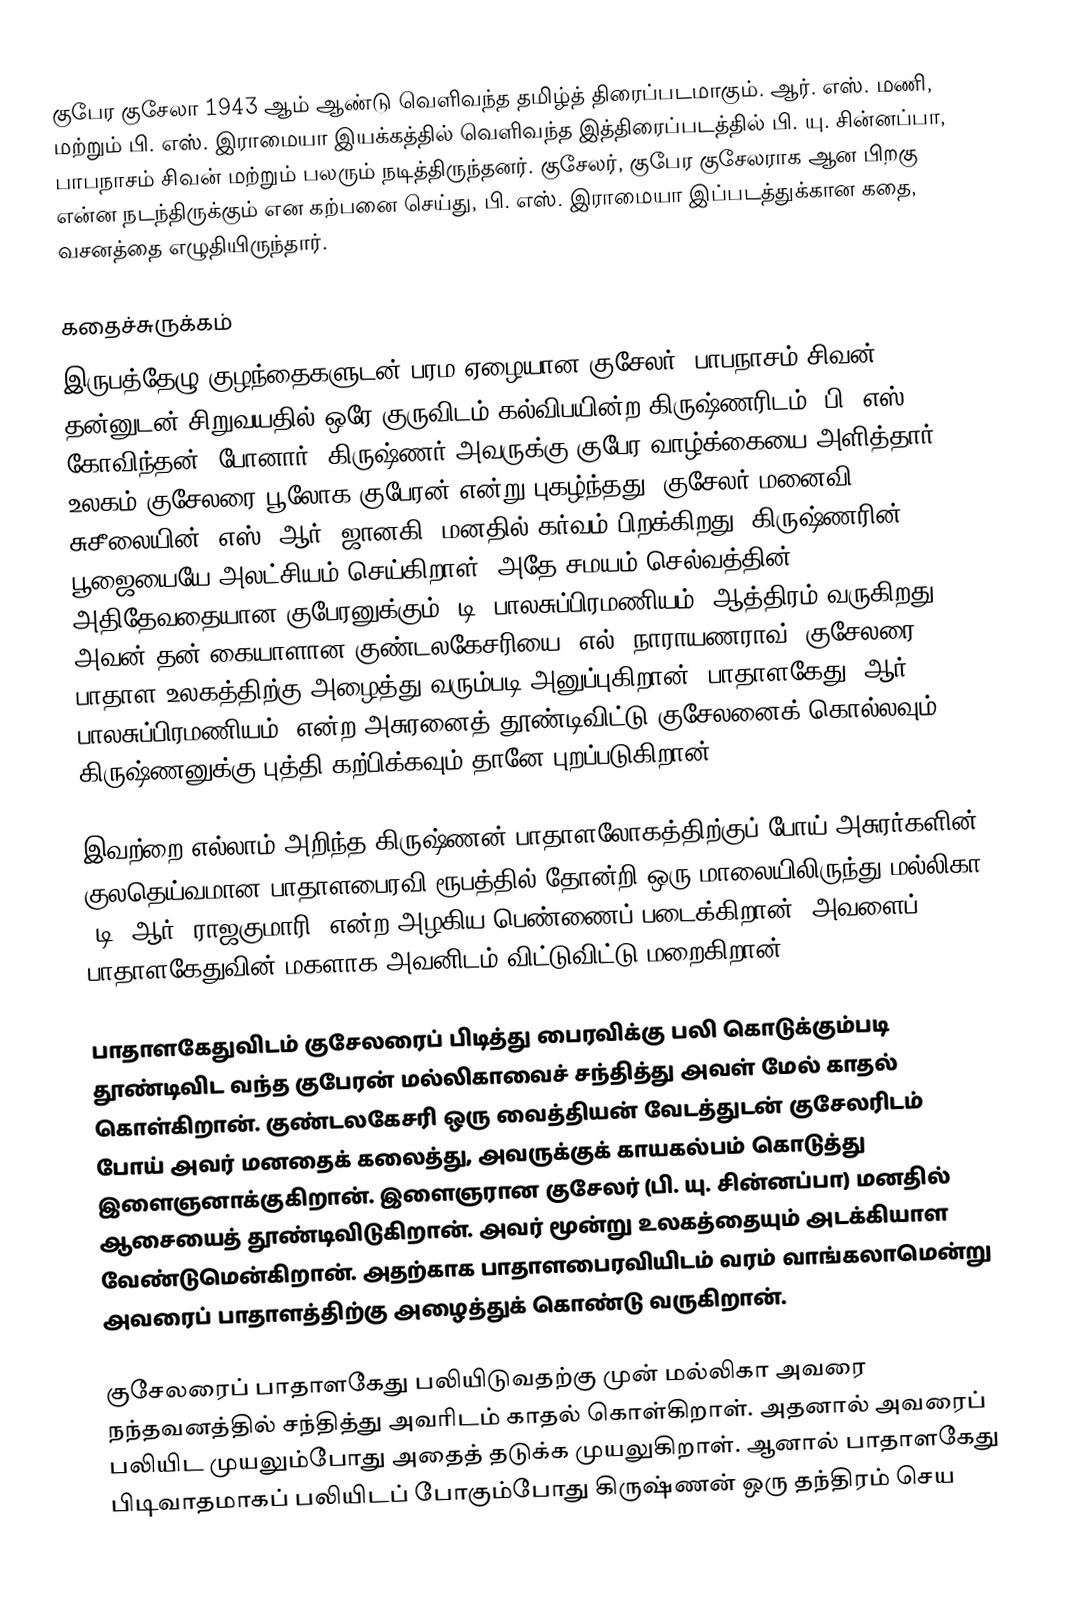
குபேர குசேலா 1943 ஆம் ஆண்டு வெளிவந்த தமிழ்த் திரைப்படமாகும். ஆர். எஸ். மணி, மற்றும் பி. எஸ். இராமையா இயக்கத்தில் வெளிவந்த இத்திரைப்படத்தில் பி. யு. சின்னப்பா, பாபநாசம் சிவன் மற்றும் பலரும் நடித்திருந்தனர். குசேலர், குபேர குசேலராக ஆன பிறகு என்ன நடந்திருக்கும் என கற்பனை செய்து, பி. எஸ். இராமையா இப்படத்துக்கான கதை, வசனத்தை எழுதியிருந்தார்.

கதைச்சுருக்கம்
இருபத்தேழு குழந்தைகளுடன் பரம ஏழையான குசேலர் (பாபநாசம் சிவன்) தன்னுடன் சிறுவயதில் ஒரே குருவிடம் கல்விபயின்ற கிருஷ்ணரிடம் (பி. எஸ். கோவிந்தன்) போனார். கிருஷ்ணர் அவருக்கு குபேர வாழ்க்கையை அளித்தார். உலகம் குசேலரை பூலோக குபேரன் என்று புகழ்ந்தது. குசேலர் மனைவி சுசீலையின் (எஸ். ஆர். ஜானகி) மனதில் கர்வம் பிறக்கிறது. கிருஷ்ணரின் பூஜையையே அலட்சியம் செய்கிறாள். அதே சமயம் செல்வத்தின் அதிதேவதையான குபேரனுக்கும் (டி. பாலசுப்பிரமணியம்) ஆத்திரம் வருகிறது. அவன் தன் கையாளான குண்டலகேசரியை (எல். நாராயணராவ்) குசேலரை பாதாள உலகத்திற்கு அழைத்து வரும்படி அனுப்புகிறான். பாதாளகேது (ஆர். பாலசுப்பிரமணியம்) என்ற அசுரனைத் தூண்டிவிட்டு குசேலனைக் கொல்லவும், கிருஷ்ணனுக்கு புத்தி கற்பிக்கவும் தானே புறப்படுகிறான்.

இவற்றை எல்லாம் அறிந்த கிருஷ்ணன் பாதாளலோகத்திற்குப் போய் அசுரர்களின் குலதெய்வமான பாதாளபைரவி ரூபத்தில் தோன்றி ஒரு மாலையிலிருந்து மல்லிகா (டி. ஆர். ராஜகுமாரி) என்ற அழகிய பெண்ணைப் படைக்கிறான். அவளைப் பாதாளகேதுவின் மகளாக அவனிடம் விட்டுவிட்டு மறைகிறான்.

பாதாளகேதுவிடம் குசேலரைப் பிடித்து பைரவிக்கு பலி கொடுக்கும்படி தூண்டிவிட வந்த குபேரன் மல்லிகாவைச் சந்தித்து அவள் மேல் காதல் கொள்கிறான். குண்டலகேசரி ஒரு வைத்தியன் வேடத்துடன் குசேலரிடம் போய் அவர் மனதைக் கலைத்து, அவருக்குக் காயகல்பம் கொடுத்து இளைஞனாக்குகிறான். இளைஞரான குசேலர் (பி. யு. சின்னப்பா) மனதில் ஆசையைத் தூண்டிவிடுகிறான். அவர் மூன்று உலகத்தையும் அடக்கியாள வேண்டுமென்கிறான். அதற்காக பாதாளபைரவியிடம் வரம் வாங்கலாமென்று அவரைப் பாதாளத்திற்கு அழைத்துக் கொண்டு வருகிறான்.

குசேலரைப் பாதாளகேது பலியிடுவதற்கு முன் மல்லிகா அவரை நந்தவனத்தில் சந்தித்து அவரிடம் காதல் கொள்கிறாள். அதனால் அவரைப் பலியிட முயலும்போது அதைத் தடுக்க முயலுகிறாள். ஆனால் பாதாளகேது பிடிவாதமாகப் பலியிடப் போகும்போது கிருஷ்ணன் ஒரு தந்திரம் செய